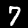
Digit: 7